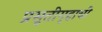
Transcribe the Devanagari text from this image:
प्रसूतीगृहाची